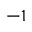
- 1